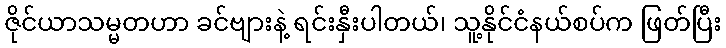
ဇိုင်ယာသမ္မတဟာ ခင်ဗျားနဲ့ ရင်းနှီးပါတယ်၊ သူ့နိုင်ငံနယ်စပ်က ဖြတ်ပြီး